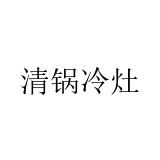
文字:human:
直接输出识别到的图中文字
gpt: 清锅冷灶